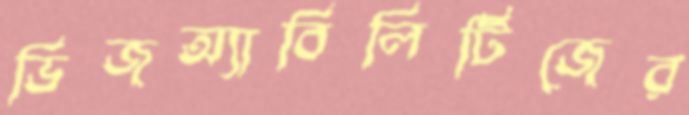
ডিজঅ্যাবিলিটিজের